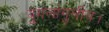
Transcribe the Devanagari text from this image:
युगलांगुलीय।